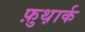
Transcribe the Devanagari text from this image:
फ़ुथ़ार्क